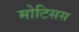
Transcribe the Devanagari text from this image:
मोटिसस